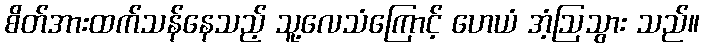
စိတ်အားထက်သန်နေသည့် သူ့လေသံကြောင့် ဟေယံ အံ့ဩသွား သည်။